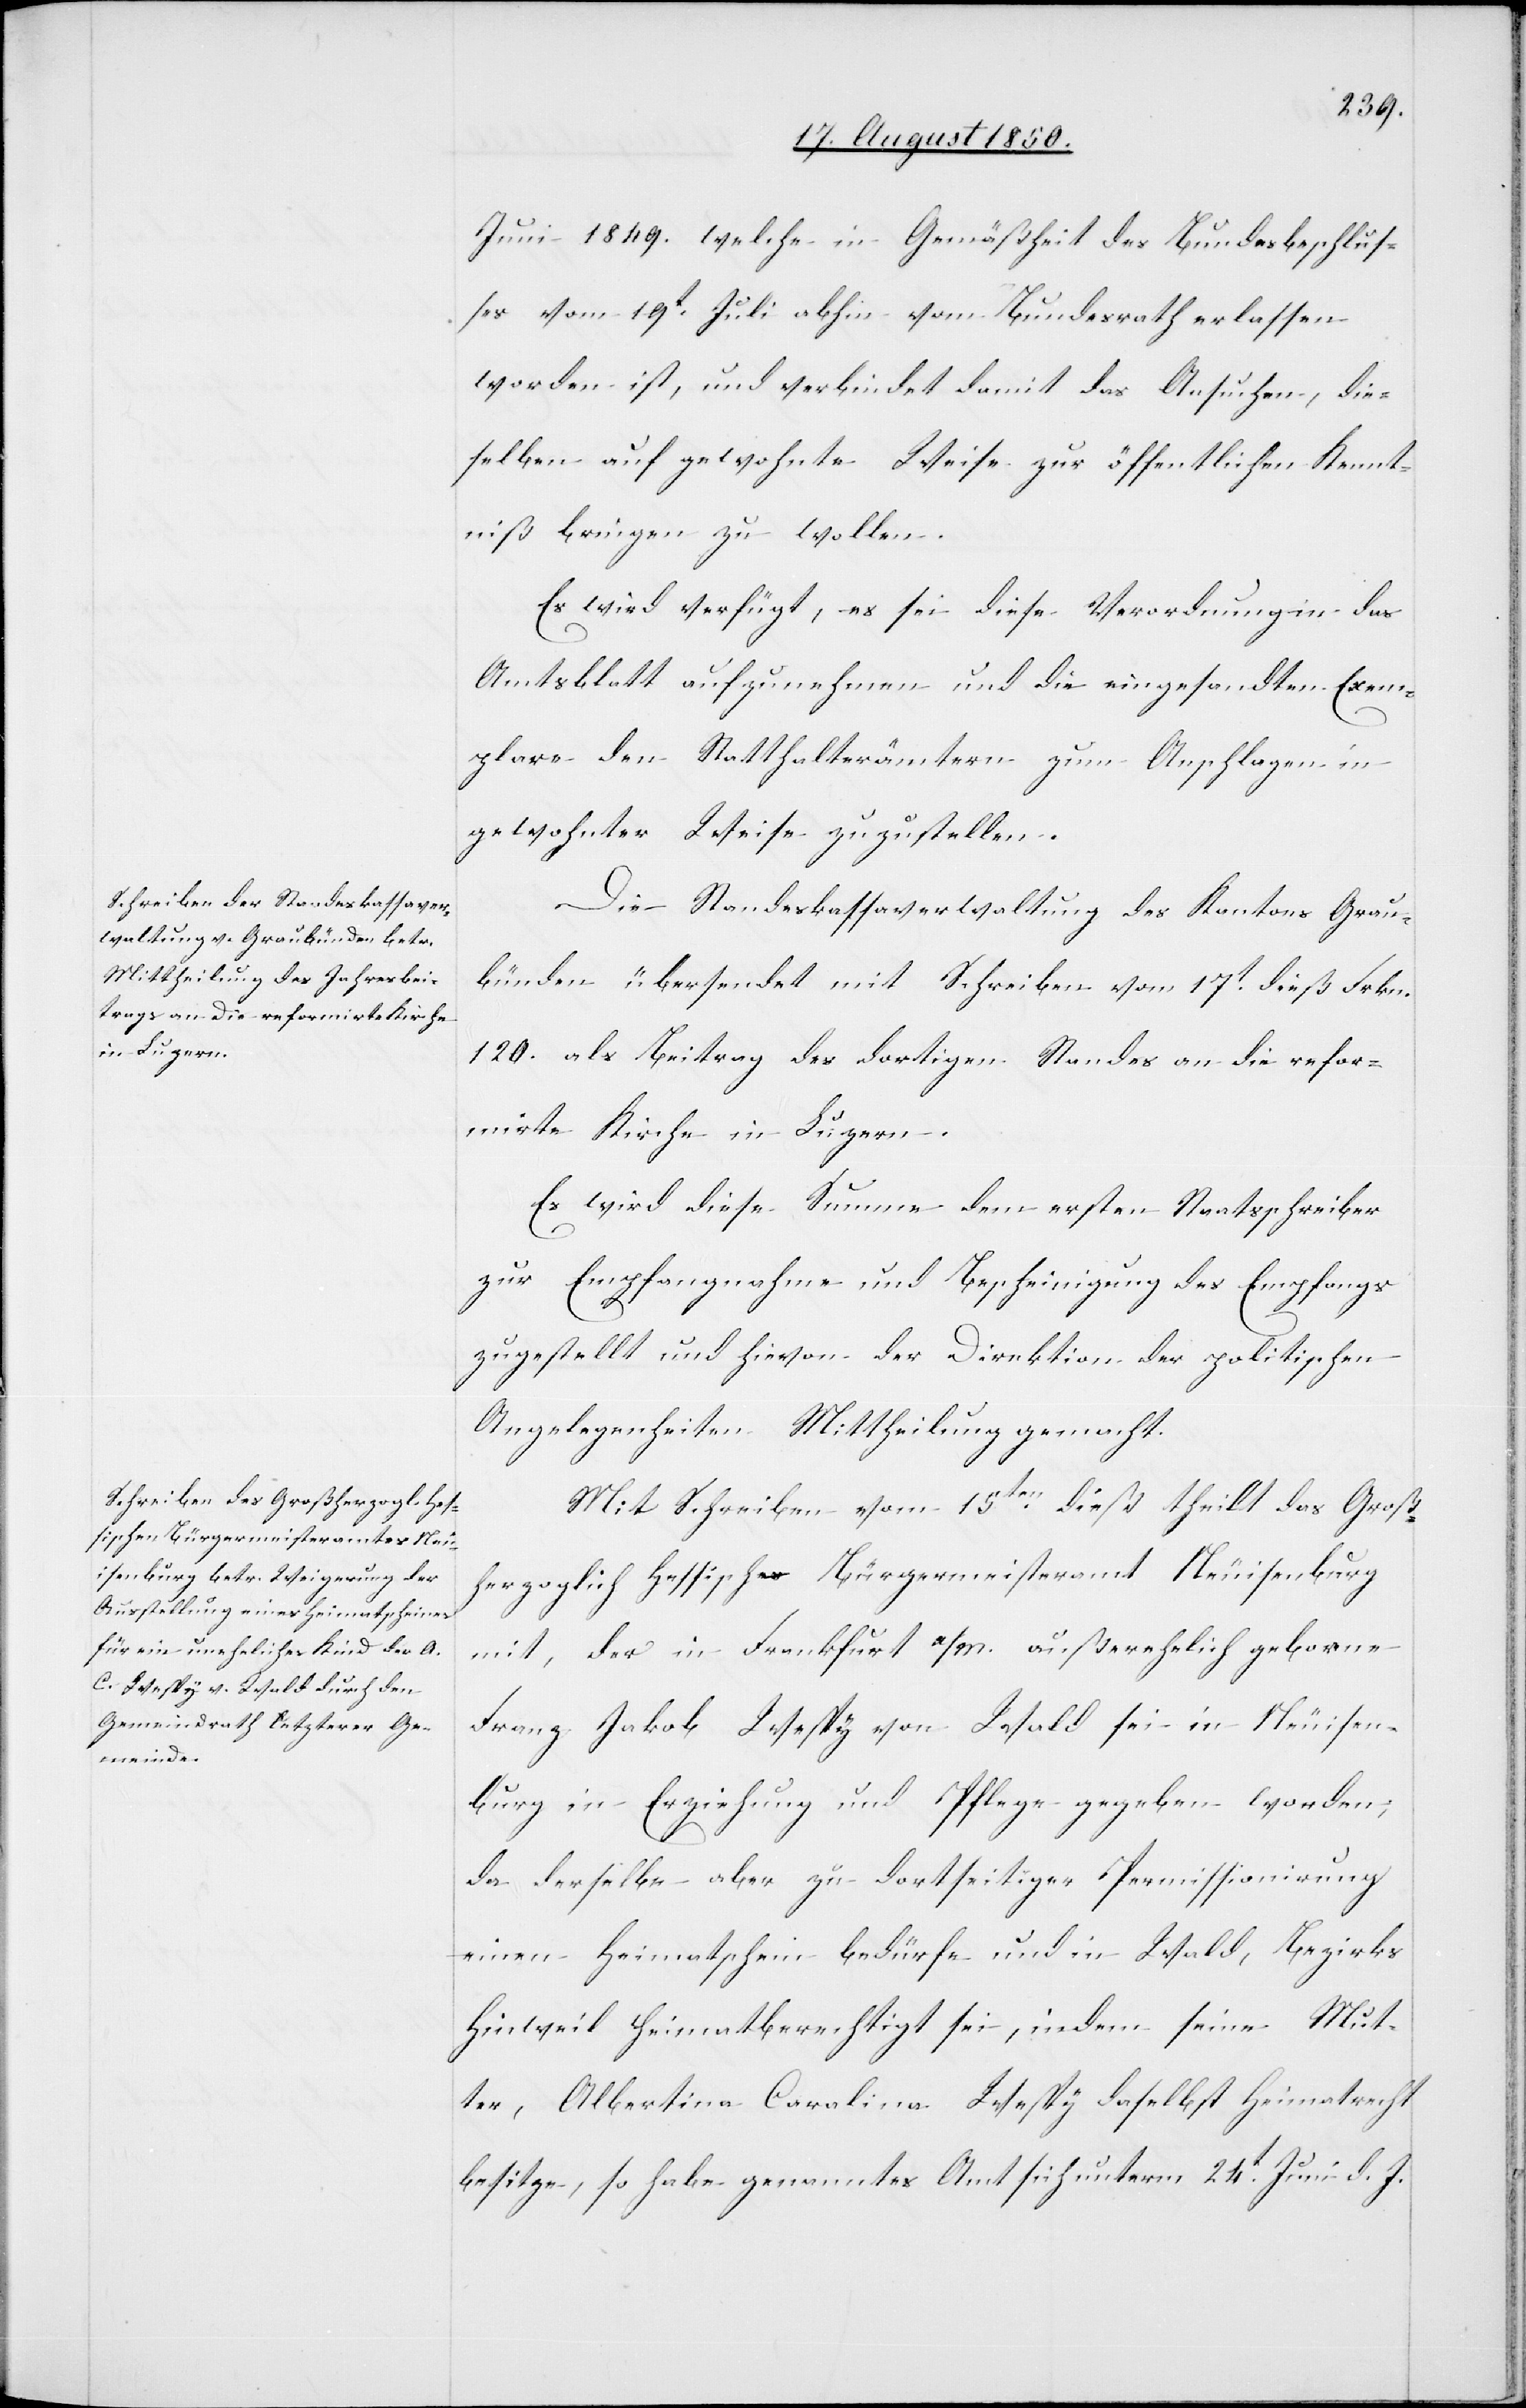
Juni 1849. welche in Gemäßheit des Bundesbeschlus¬
ses vom 19t Juli abhin vom Bundesrath erlassen
worden ist, und verbindet damit das Ansuchen, die¬
selben auf gewohnte Weise zur öffentlichen Kennt¬
niß bringen zu wollen.
Es wird verfügt, es sei diese Verordnung in das
Amtsblatt aufzunehmen und die eingesandten Exem¬
plare den Statthalterämtern zum Anschlagen in
gewohnter Weise zuzustellen.
Die Standeskassaverwaltung des Kantons Grau¬
bünden übersendet mit Schreiben vom 17t dieß Frkn.
120. als Beitrag des dortigen Standes an die refor¬
mirte Kirche in Luzern.
Es wird diese Summe dem ersten Staatsschreiber
zur Empfangnahme und Bescheinigung des Empfangs
zugestellt und hievon der Direktion der politischen
Angelegenheiten Mittheilung gemacht.
Mit Schreiben vom 15ten dieß theilt das Groß¬
herzoglich Hessische Bürgermeisteramt Neuisenburg
mit, der in Frankfurt a/m. außerehelich geborne
Franz Jakob Wespy von Wald sei in Neuisen¬
burg in Erziehung und Pflege gegeben worden,
da derselbe aber zu dortseitiger Permissionirung
einen Heimatschien bedürfe und in Wald, Bezirks
Hinweil heimatberechtigt sei, indem seine Mut¬
ter, Albertina Caralina Wespy daselbst Heimatrecht
besitze, so habe genanntes Amt sich unterm 24t Juni d. J.